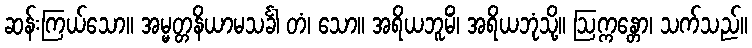
ဆန်းကြယ်သော။ အမ္မတ္တနိယာမသင်္ခါ တံ၊ သော။ အရိယဘူမိံ၊ အရိယဘုံသို့။ ဩက္ကန္တော၊ သက်သည်။